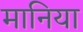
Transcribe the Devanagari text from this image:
मानिया